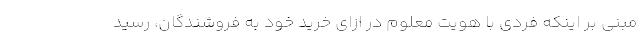
مبنی بر اینکه فردی با هویت معلوم در ازای خرید خود به فروشندگان، رسید